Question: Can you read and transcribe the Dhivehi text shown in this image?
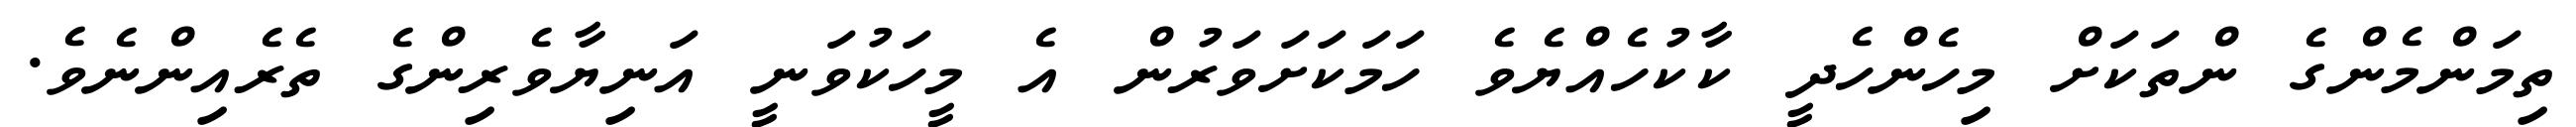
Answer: ތިމަންމެންގެ ންތަކަށް މިހެންހެދީ ކާކުހެއްޔެވެ ހަމަކަށަވަރުން އެ މީހަކުވަނީ އަނިޔާވެރިންގެ ތެރެއިންނެވެ.